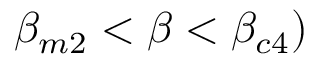
\beta _ { m 2 } < \beta < \beta _ { c 4 } )